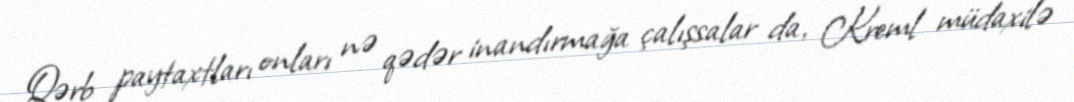
Qərb paytaxtları onları nə qədər inandırmağa çalışsalar da, Kreml müdaxilə